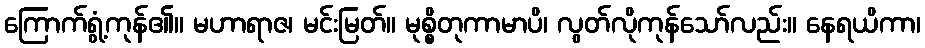
ကြောက်ရွံ့ကုန်၏။ မဟာရာဇ၊ မင်းမြတ်။ မုစ္စိတုကာမာပိ၊ လွတ်လိုကုန်သော်လည်း။ နေရယိကာ၊